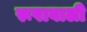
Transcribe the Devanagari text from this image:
रूपावाली